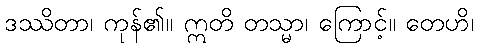
ဒဿိတာ၊ ကုန်၏။ ဣတိ တသ္မာ၊ ကြောင့်။ တေဟိ၊